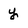
Character: y